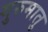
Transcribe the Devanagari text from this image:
गुरुमातु